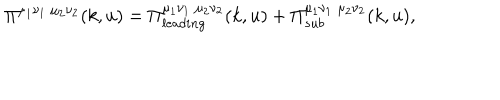
LaTeX: \Pi ^ { \mu _ { 1 } \nu _ { 1 } \; \mu _ { 2 } \nu _ { 2 } } ( k , u ) = \Pi _ { l e a d i n g } ^ { \mu _ { 1 } \nu _ { 1 } \; \mu _ { 2 } \nu _ { 2 } } ( k , u ) + \Pi _ { s u b } ^ { \mu _ { 1 } \nu _ { 1 } \; \mu _ { 2 } \nu _ { 2 } } ( k , u ) ,